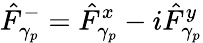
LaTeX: \hat{F}_{\gamma_{p}}^{-}=\hat{F}_{\gamma_{p}}^{x}-i\hat{F}_{\gamma_{p}}^{y}